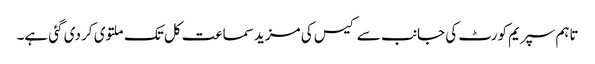
تاہم سپریم کورٹ کی جانب سے کیس کی مزید سماعت کل تک ملتوی کر دی گئی ہے۔